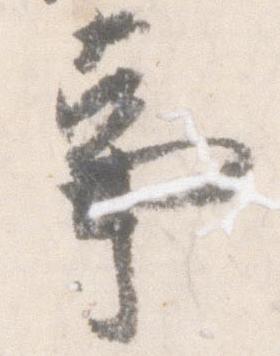
事